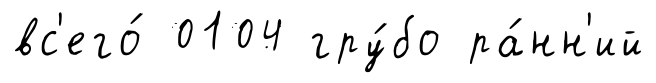
вс'его́ 0104 гру́бо ра́нн'ий